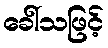
ခေါ်သဖြင့်